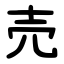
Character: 売